Statistical return of the lunatic asylum in Assam - 1912-1932
Year: 1912
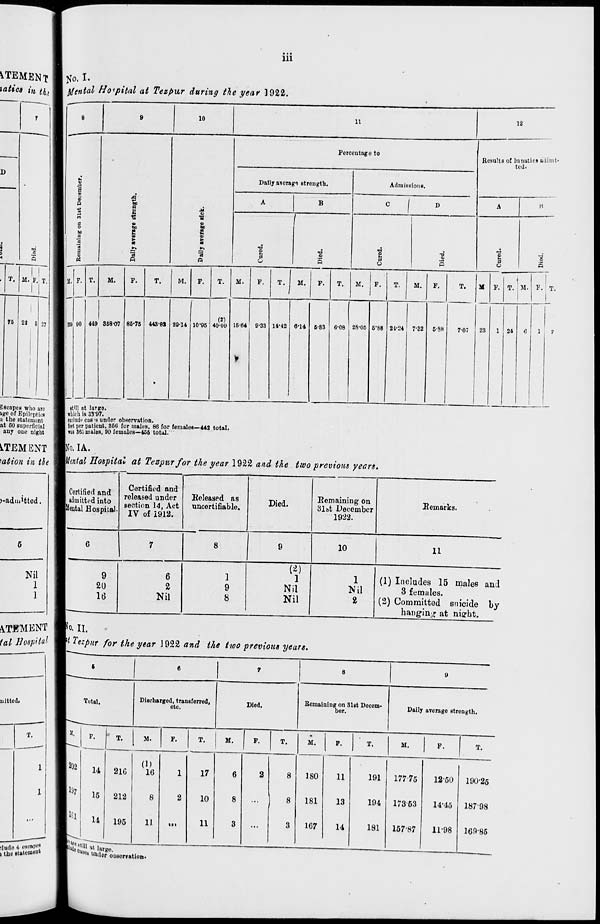
Ill
CEMENT
latics in ^,
i)
"8
5
T.
rc
M. F. T,
22 6 27
3 scapes who are
»ge of Epileptics
ii the statement
at CO superficial
any one night
ITEMENT
nation in tie
)-adiu 1 tted,
Nil
1
1
^TffMENT
tal Hospital
tfo. I.
tftntal Hospital at Tezpur during the year 1922.
f
o
R
A*
M
a
1
a>
M
N
'3
ft
1
!
=3
Perceutag 0 to
Results of lunatics ft'dimt
ted.
Dally a?cragq strength.
Admissions.
A
B
c 1 D
A
H
n
a
o
bo
a
3 "a
a
1
Cured.
5
Cured.
■o
<u
S
4
d
$
5
11.
35i- 90
T.
M.
F.
T.
M.
F,
T.
M.
F.
T.
M.
F.
T.
M.
F.
T.
M.
F.
T.
M F. T. M. F. T.
|
449 858-07 85-75 44381 29-14 10"95
an
40-09 15-64 9-33 14-42 6-14 6-83 6-08 28-05 5-88 21-24 7-82 5-88
7-07
23
1 24
C
1
7
|
1
»t'll nt largo,
which is 33*97.
eielude cas-sunder observation.
leet per patient, 866 for males, 86 for females—442 total.
was 3!!,'; males, 90 females—455 total.
Ho. IA.
mtal Hospital at Tezpnr for the year 1922 and the two previous years.
Certified and
admitted into
■Mental Hospital
Certified and
released under
section 14, Act
IV of 1912.
[Released as
uncertifiable.
Died.
Remaining on
31s>t December
1922.
9
9
20
16
6
2
Nil
Remarks.
10
1
9
8
11
(2)
1
Nil
Nil
1
Nil
2
(1) Includes 15 males and
3 females.
(2) Committed suicide by
banging at nio-ht.
io. II.
ft Ttzpur for the year \ 922 and the two previous years.
s
6
7
8
9
i.itteil.
■
Total.
Discharged, transferred,
etc.
Died.
Remaining on 31st Decem-
ber.
Daily averago strongth.
T.
I
1
I
St,
202
P.
T.
M.
F.
T.
M.
F.
T.
M.
F.
T.
M.
F.
T.
14
21G
(1)
16
1
17
6
2
8
180
11
191
177-75
12*50 190-25
1 1 197 15 212
8
2
10
8
8
181
13
194 17363
14-45 18798
;lude
i the
4 isi'in"'*
A
l«l
He
u
•Wj unj e
195
11
tti
11
3
...
3
1C7
14
181
157-87
11-98 169-85
utati'iuoul
M
r ouserra ti"ii.
|